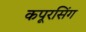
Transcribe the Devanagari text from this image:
कपूरसिंग